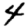
Digit: 4